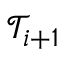
\mathcal { T } _ { i + 1 }